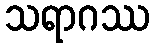
သရာဂဿ